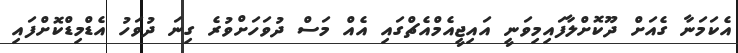
އެކަމަނާ ގެއަށް ދޫކޮށްލާފައިމިވަނީ އައިޖީއެމްއެޗްގައި އެއް މަސް ދުވަހަށްވުރެ ގިނަ ދުވަހު އެޑްމިޑްކޮށްފައި